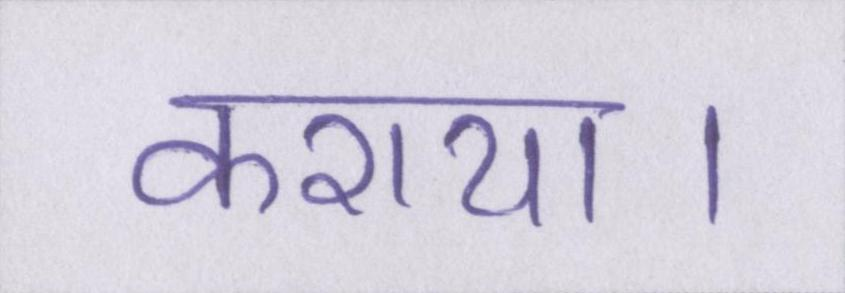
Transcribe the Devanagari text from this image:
कराया।